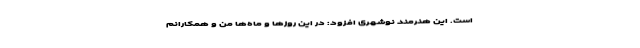
است. این هنرمند نوشهری افزود: در این روزها و ماه‌ها من و همکارانم